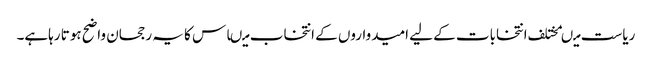
ریاست میںمختلف انتخابات کے لیے امیدواروں کے انتخاب میںاس کا یہ رجحان واضح ہوتا رہاہے۔